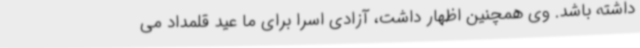
داشته باشد. وی همچنین اظهار داشت، آزادی اسرا برای ما عید قلمداد می